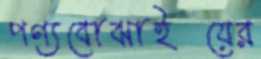
পণ্যবোঝাইয়ের